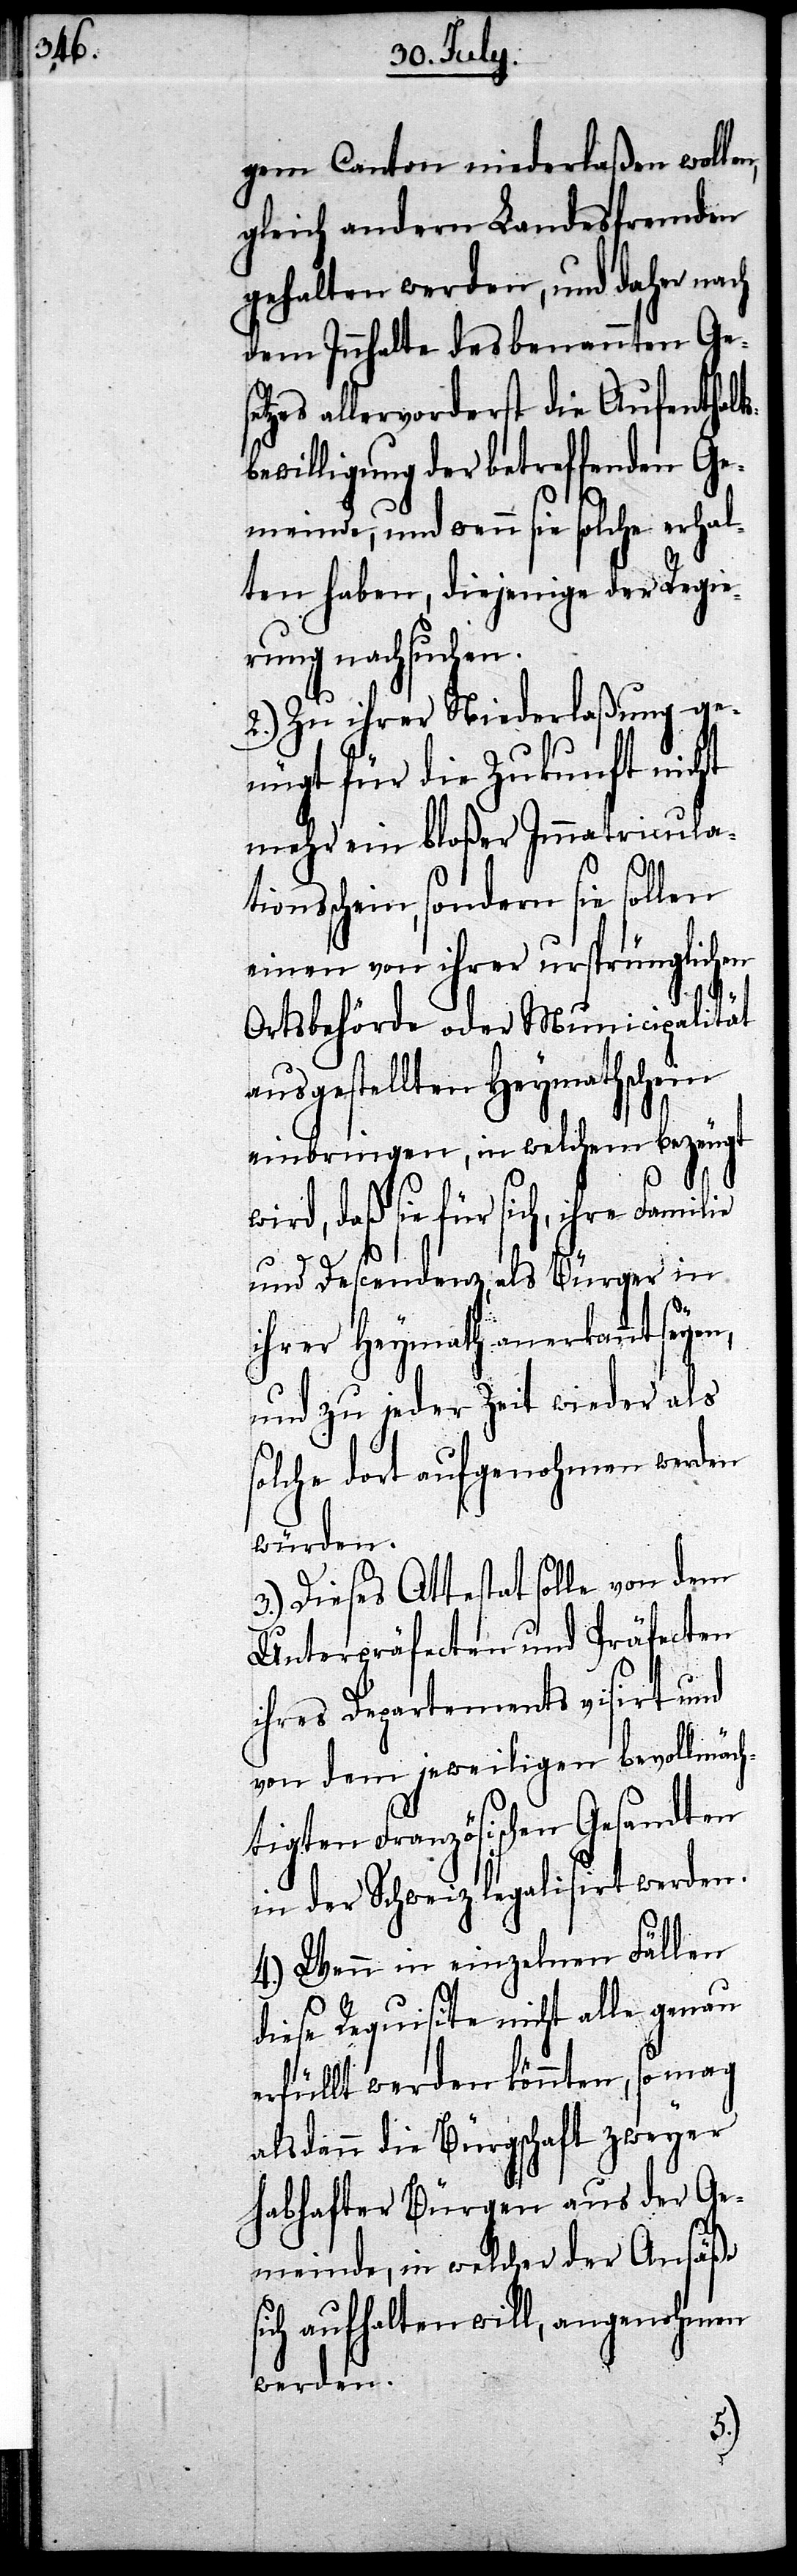
8ten July,
gem Canton niederlaßen wollen,
gleich andern Landesfremden
gehalten werden, und daher nach
dem Innhalte des benannten Gese¬
tzes allervorderst die Aufenthalt¬
sbewilligung der betreffenden Ge¬
meinde, und wenn sie solche erhal¬
ten haben, diejenige der Regie¬
rung nachsuchen.
2.) Zu ihrer Niederlaßung ge¬
nügt für die Zukunft nicht
mehr ein bloßer Immatriculati¬
onsschein, sondern sie sollen
einen von ihrer ursprünglichen
Ortsbehörde oder Municipalität
ausgestellten Heymathschein
einbringen, in welchem bezeugt
wird, daß sie für sich, ihre Familie
und Descendent, als Bürger in
ihrer Heymath anerkannt seyen,
und zu jeder Zeit wieder als
solche dort aufgenohmen werden
würden.
3.) Dieses Attestat solle von dem
Unterpräfecten und Präfecten
ihres Departements visirt und
von dem jeweiligen bevollmäch¬
tigten Französischen Gesandten
in der Schweiz legalisirt werden.
4.) Wenn in einzelnen Fällen
die Requisite nicht alle genau
erfüllt werden könnten, so mag
alsdann die Bürgschaft zweyer
habhafter Bürger aus der Ge¬
meinde, in welcher der Ansäß
sich aufhalten will, angenohmen
werden.